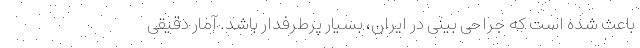
باعث شده است که جراحی بینی در ایران، بسیار پرطرفدار باشد. آمار دقیقی